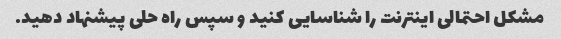
مشکل احتمالی اینترنت را شناسایی کنید و سپس راه حلی پیشنهاد دهید.